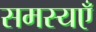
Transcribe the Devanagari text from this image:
समस्यएँ